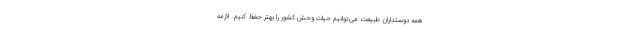
همه دوستداران طبیعت می‌توانیم حیات وحش کشور را بهتر حفظ کنیم. لازمه